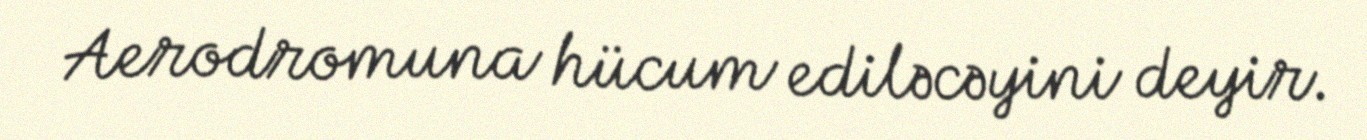
Aerodromuna hücum ediləcəyini deyir.